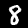
Digit: 8